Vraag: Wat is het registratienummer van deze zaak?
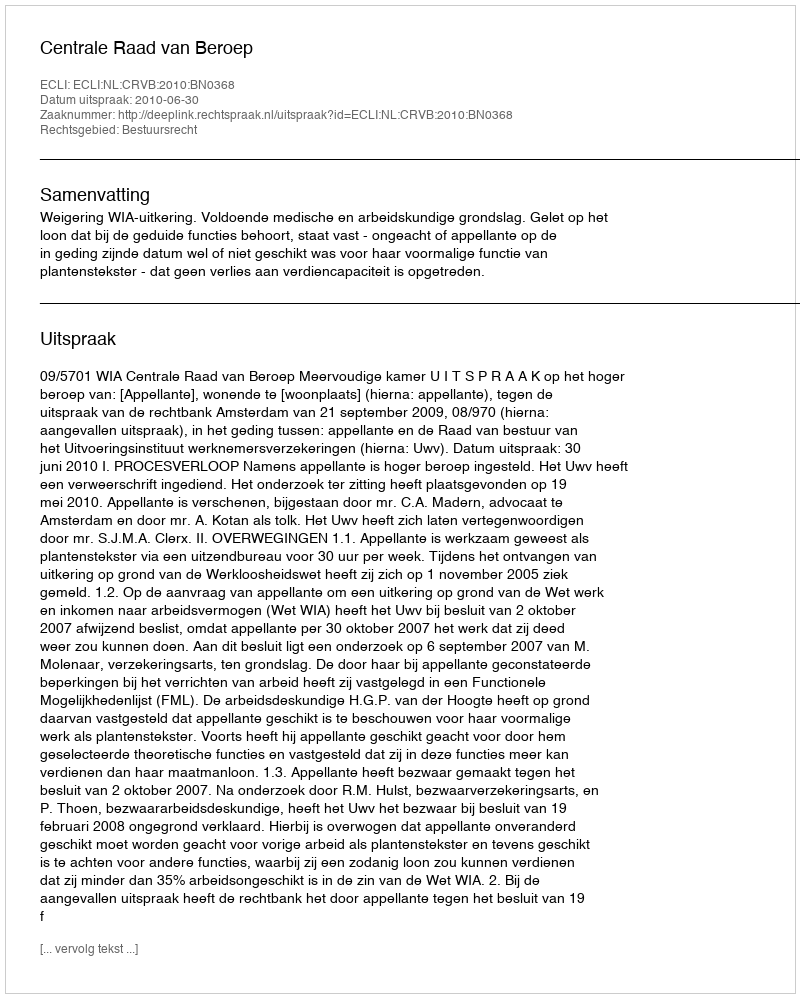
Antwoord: http://deeplink.rechtspraak.nl/uitspraak?id=ECLI:NL:CRVB:2010:BN0368